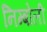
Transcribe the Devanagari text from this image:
निम्‍बोली